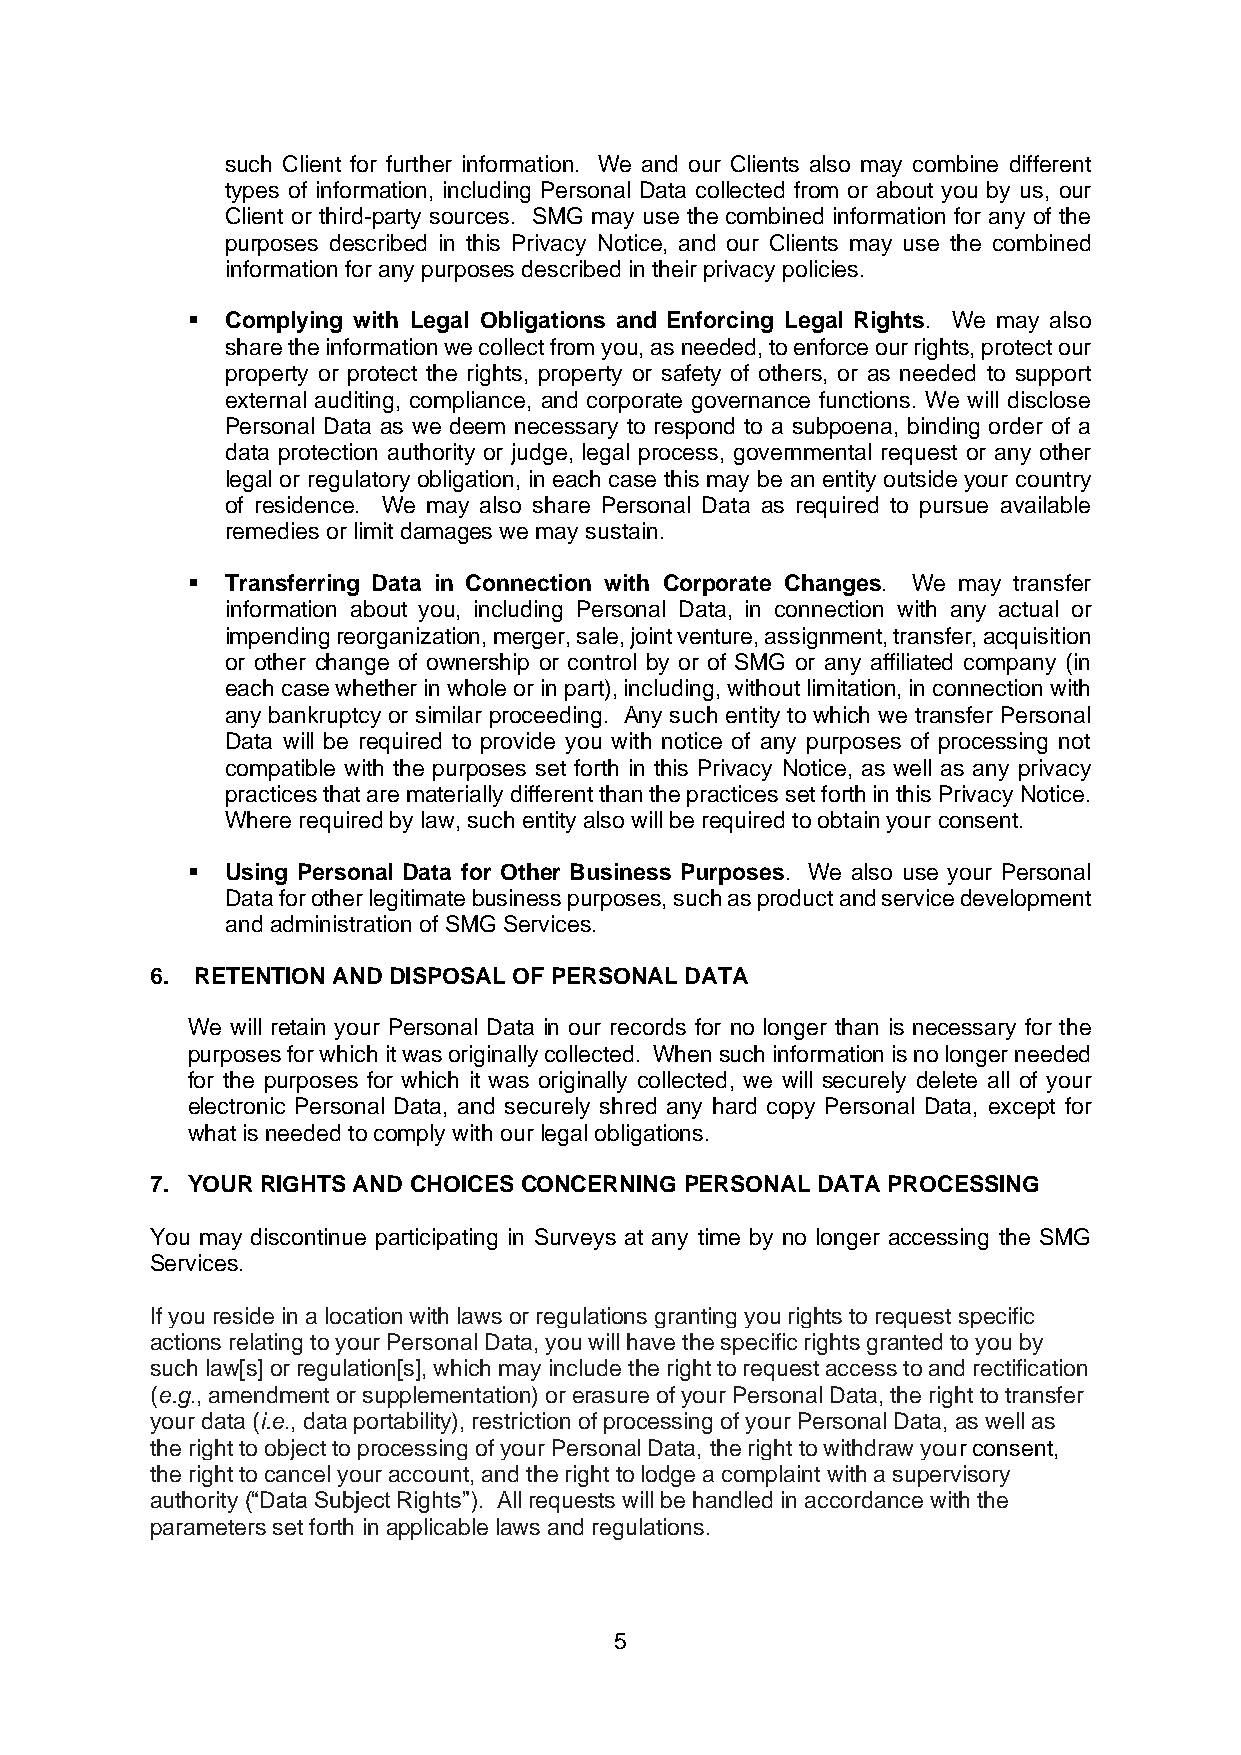
such Client for further information. We and our Clients also may combine different
 types of information, including Personal Data collected from or about you by us, our
 Client or third-party sources. SMG may use the combined information for any of the
 purposes described in this Privacy Notice, and our Clients may use the combined
 information for any purposes described in their privacy policies.
 ▪  Complying with Legal Obligations and Enforcing Legal Rights. We may also
 share the information we collect from you, as needed, to enforce our rights, protect our
 property or protect the rights, property or safety of others, or as needed to support
 external auditing, compliance, and corporate governance functions. We will disclose
 Personal Data as we deem necessary to respond to a subpoena, binding order of a
 data protection authority or judge, legal process, governmental request or any other
 legal or regulatory obligation, in each case this may be an entity outside your country
 of residence. We may also share Personal Data as required to pursue available
 remedies or limit damages we may sustain.
 ▪  Transferring Data in Connection with Corporate Changes. We may transfer
 information about you, including Personal Data, in connection with any actual or
 impending reorganization, merger, sale, joint venture, assignment, transfer, acquisition
 or other change of ownership or control by or of SMG or any affiliated company (in
 each case whether in whole or in part), including, without limitation, in connection with
 any bankruptcy or similar proceeding. Any such entity to which we transfer Personal
 Data will be required to provide you with notice of any purposes of processing not
 compatible with the purposes set forth in this Privacy Notice, as well as any privacy
 practices that are materially different than the practices set forth in this Privacy Notice.
 Where required by law, such entity also will be required to obtain your consent.
 ▪  Using Personal Data for Other Business Purposes. We also use your Personal
 Data for other legitimate business purposes, such as product and service development
 and administration of SMG Services.
 6. RETENTION AND DISPOSAL OF PERSONAL DATA
 We will retain your Personal Data in our records for no longer than is necessary for the
 purposes for which it was originally collected. When such information is no longer needed
 for the purposes for which it was originally collected, we will securely delete all of your
 electronic Personal Data, and securely shred any hard copy Personal Data, except for
 what is needed to comply with our legal obligations.
 7. YOUR RIGHTS AND CHOICES CONCERNING PERSONAL DATA PROCESSING
 You may discontinue participating in Surveys at any time by no longer accessing the SMG
 Services.
 If you reside in a location with laws or regulations granting you rights to request specific
 actions relating to your Personal Data, you will have the specific rights granted to you by
 such law[s] or regulation[s], which may include the right to request access to and rectification
 (e.g., amendment or supplementation) or erasure of your Personal Data, the right to transfer
 your data (i.e., data portability), restriction of processing of your Personal Data, as well as
 the right to object to processing of your Personal Data, the right to withdraw your consent,
 the right to cancel your account, and the right to lodge a complaint with a supervisory
 authority (“Data Subject Rights”). All requests will be handled in accordance with the
 parameters set forth in applicable laws and regulations.
 5